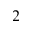
^ 2